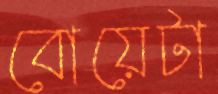
বোয়েটা